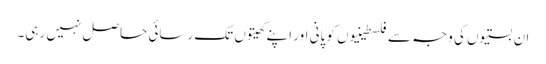
ان بستیوں کی وجہ سے فلسطینیوں کو پانی اور اپنے کھیتوں تک رسائی حاصل نہیں رہی۔